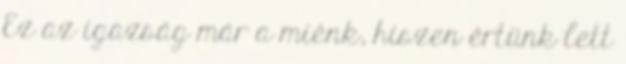
Ez az igazság már a miénk, hiszen értünk lett